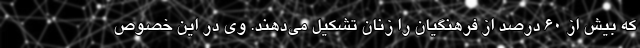
که بیش از ۶۰ درصد از فرهنگیان را زنان تشکیل می‌دهند. وی در این خصوص